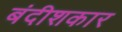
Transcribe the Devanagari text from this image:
बंदीशकार